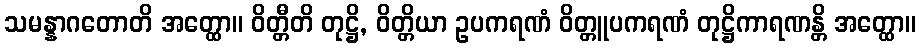
သမန္နာဂတောတိ အတ္ထော။ ဝိတ္တီတိ တုဋ္ဌိ, ဝိတ္တိယာ ဥပကရဏံ ဝိတ္တူပကရဏံ တုဋ္ဌိကာရဏန္တိ အတ္ထော။